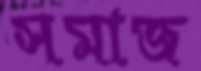
সমাজ